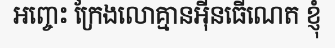
អញ្ចេះ ក្រែងលោគ្មានអ៊ីនធើណេត ខ្ញុំ